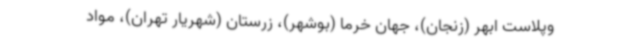
وپلاست ابهر (زنجان)، جهان خرما (بوشهر)، زرستان (شهریار تهران)، مواد